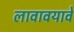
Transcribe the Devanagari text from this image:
लावावयावे